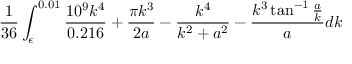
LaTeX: \frac { 1 } { 3 6 } \int _ { \epsilon } ^ { 0 . 0 1 } \frac { 1 0 ^ { 9 } k ^ { 4 } } { 0 . 2 1 6 } + \frac { \pi k ^ { 3 } } { 2 a } - \frac { k ^ { 4 } } { k ^ { 2 } + a ^ { 2 } } - \frac { k ^ { 3 } \tan ^ { - 1 } \frac { a } { k } } { a } d k